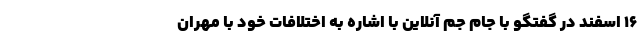
۱۶ اسفند در گفتگو با جام جم آنلاین با اشاره به اختلافات خود با مهران